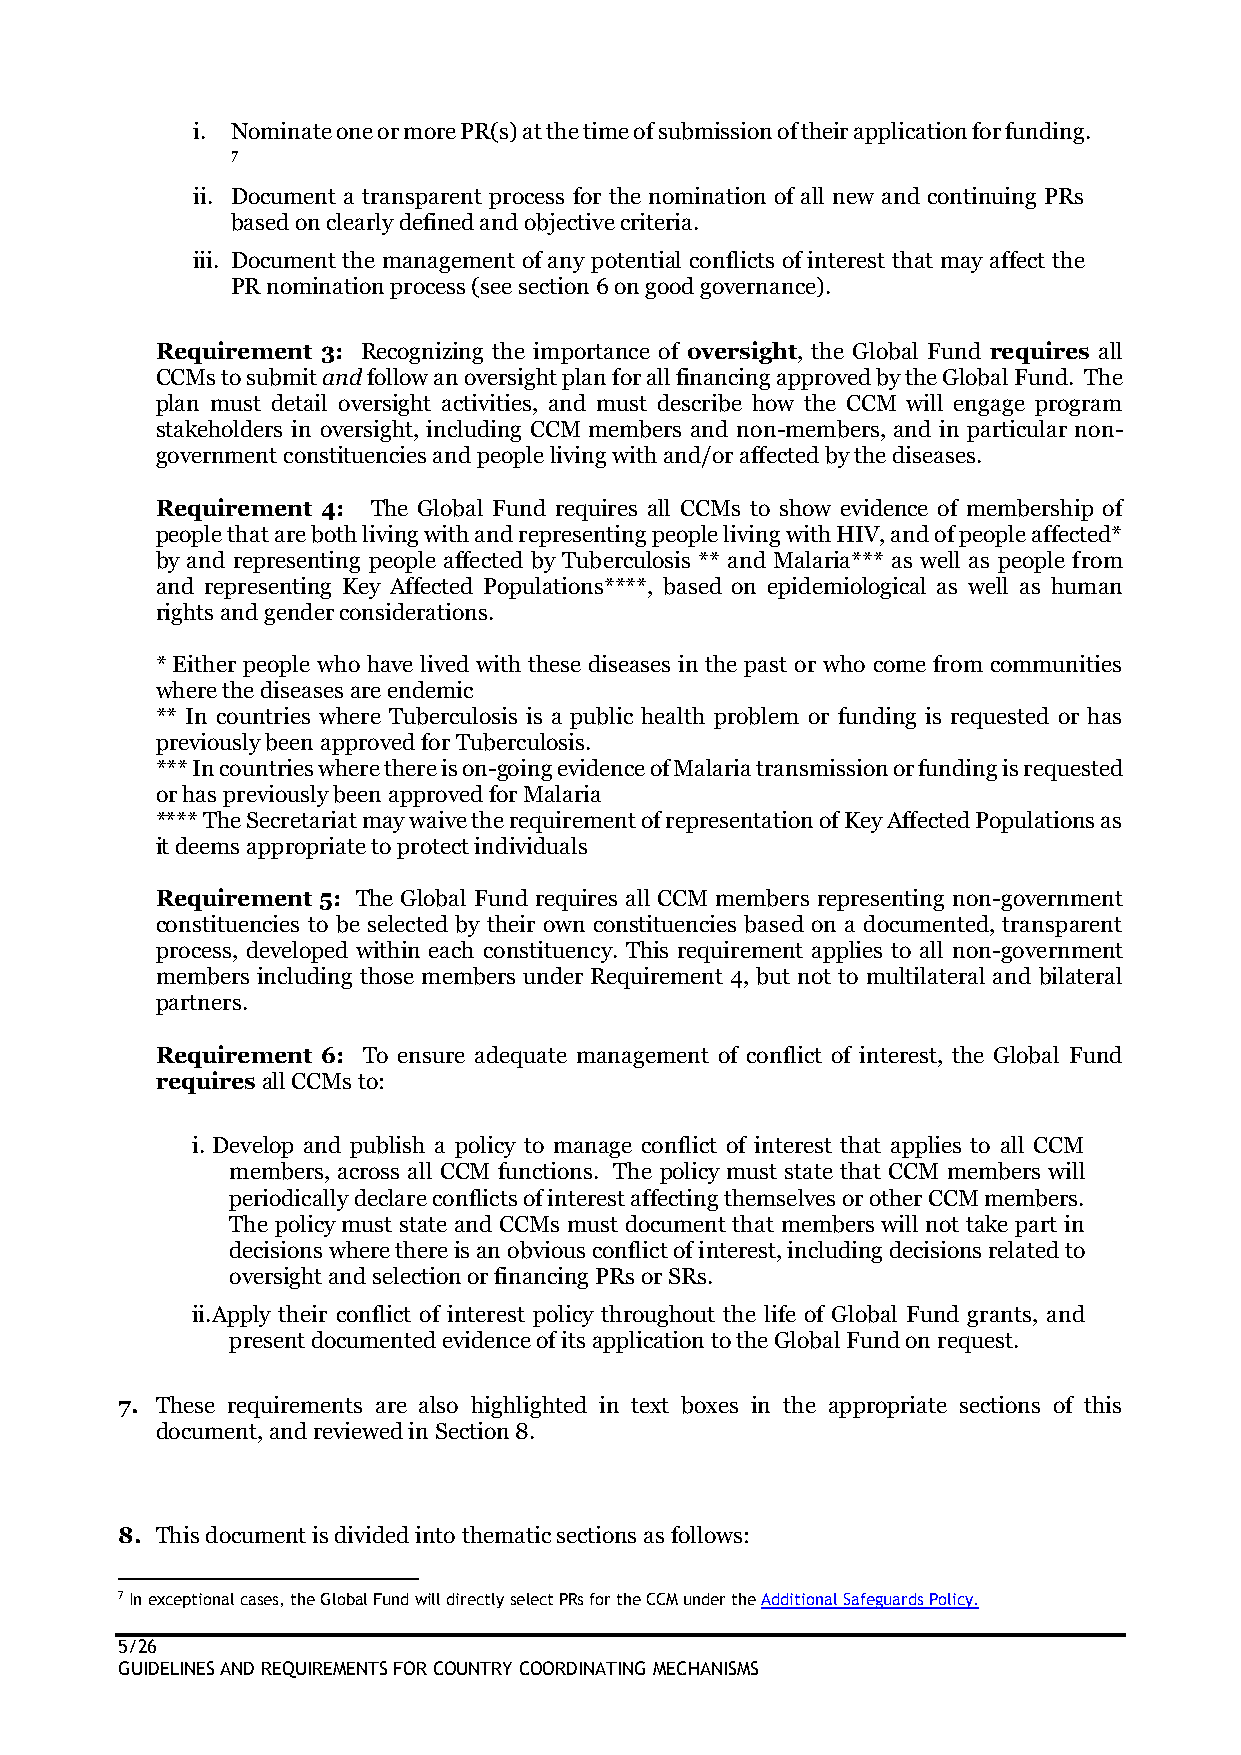
i. Nominate one or more PR(s) at the time of submission of their application for funding.
 7
 ii. Document a transparent process for the nomination of all new and continuing PRs
 based on clearly defined and objective criteria.
 iii. Document the management of any potential conflicts of interest that may affect the
 PR nomination process (see section 6 on good governance).
 Requirement 3: Recognizing the importance of oversight, the Global Fund requires all
 CCMs to submit and follow an oversight plan for all financing approved by the Global Fund. The
 plan must detail oversight activities, and must describe how the CCM will engage program
 stakeholders in oversight, including CCM members and non-members, and in particular non-
 government constituencies and people living with and/or affected by the diseases.
 Requirement 4: The Global Fund requires all CCMs to show evidence of membership of
 people that are both living with and representing people living with HIV, and of people affected*
 by and representing people affected by Tuberculosis ** and Malaria*** as well as people from
 and representing Key Affected Populations****, based on epidemiological as well as human
 rights and gender considerations.
 * Either people who have lived with these diseases in the past or who come from communities
 where the diseases are endemic
 ** In countries where Tuberculosis is a public health problem or funding is requested or has
 previously been approved for Tuberculosis.
 *** In countries where there is on-going evidence of Malaria transmission or funding is requested
 or has previously been approved for Malaria
 **** The Secretariat may waive the requirement of representation of Key Affected Populations as
 it deems appropriate to protect individuals
 Requirement 5: The Global Fund requires all CCM members representing non-government
 constituencies to be selected by their own constituencies based on a documented, transparent
 process, developed within each constituency. This requirement applies to all non-government
 members including those members under Requirement 4, but not to multilateral and bilateral
 partners.
 Requirement 6: To ensure adequate management of conflict of interest, the Global Fund
 requires all CCMs to:
 i. Develop and publish a policy to manage conflict of interest that applies to all CCM
 members, across all CCM functions. The policy must state that CCM members will
 periodically declare conflicts of interest affecting themselves or other CCM members.
 The policy must state and CCMs must document that members will not take part in
 decisions where there is an obvious conflict of interest, including decisions related to
 oversight and selection or financing PRs or SRs.
 ii. Apply their conflict of interest policy throughout the life of Global Fund grants, and
 present documented evidence of its application to the Global Fund on request.
 7. These requirements are also highlighted in text boxes in the appropriate sections of this
 document, and reviewed in Section 8.
 8. This document is divided into thematic sections as follows:
 7 In exceptional cases, the Global Fund will directly select PRs for the CCM under the Additional Safeguards Policy.
 5/26
 GUIDELINES AND REQUIREMENTS FOR COUNTRY COORDINATING MECHANISMS